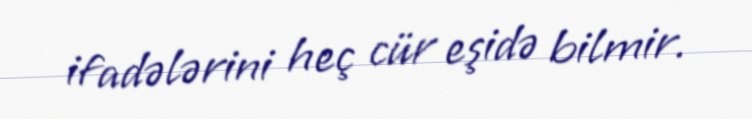
ifadələrini heç cür eşidə bilmir.